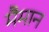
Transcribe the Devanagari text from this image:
मैमान